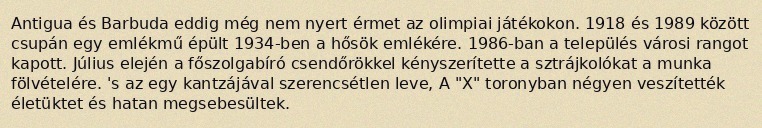
Antigua és Barbuda eddig még nem nyert érmet az olimpiai játékokon. 1918 és 1989 között csupán egy emlékmű épült 1934-ben a hősök emlékére. 1986-ban a település városi rangot kapott. Július elején a főszolgabíró csendőrökkel kényszerítette a sztrájkolókat a munka fölvételére. 's az egy kantzájával szerencsétlen leve, A "X" toronyban négyen veszítették életüktet és hatan megsebesültek.